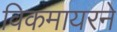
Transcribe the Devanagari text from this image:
विकमायरने